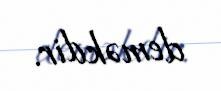
deməkdir.